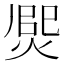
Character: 㷗